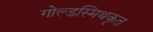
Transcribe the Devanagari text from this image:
गोल्डस्मिथकृत